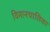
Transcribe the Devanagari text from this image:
विमानचालिका